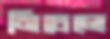
মিচেলে